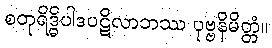
စတုရိဒ္ဓိပါဒပဋိလာဘဿ ပုဗ္ဗနိမိတ္တံ။